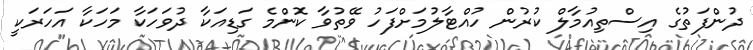
ދުންފަތުގެ އިސްތިއުމާލް ކުރުން ހުއްޓާލުމަށްފަހު ވޭތުވާ ކޮންމެ ގަޑިއަކާ ދުވަހަކާ މަހަކާ އަހަރަކީ